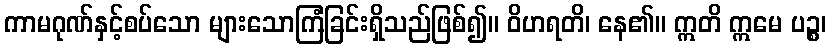
ကာမဂုဏ်နှင့်စပ်သော များသောကြံခြင်းရှိသည်ဖြစ်၍။ ဝိဟရတိ၊ နေ၏။ ဣတိ ဣမေ ပဉ္စ၊